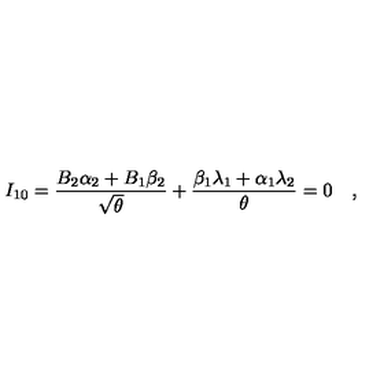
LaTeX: I _ { 1 0 } = { \frac { B _ { 2 } \alpha _ { 2 } + B _ { 1 } \beta _ { 2 } } { \sqrt { \theta } } } + { \frac { \beta _ { 1 } \lambda _ { 1 } + \alpha _ { 1 } \lambda _ { 2 } } { \theta } } = 0 \quad ,